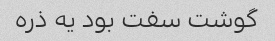
گوشت سفت بود یه ذره